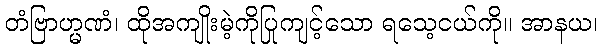
တံဗြာဟ္မဏံ၊ ထိုအကျိုးမဲ့ကိုပြုကျင့်သော ရသေ့ငယ်ကို။ အာနယ၊